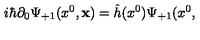
i \hbar \partial _ { 0 } \Psi _ { + 1 } ( x ^ { 0 } , { \bf x } ) = \hat { h } ( x ^ { 0 } ) \Psi _ { + 1 } ( x ^ { 0 } ,